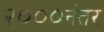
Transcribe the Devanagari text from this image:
२०००नंतर